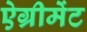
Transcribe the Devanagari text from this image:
ऐग्रीमेंट